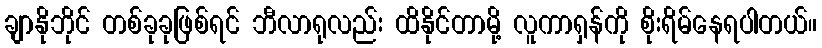
ချာနိုဘိုင် တစ်ခုခုဖြစ်ရင် ဘီလာရုလည်း ထိနိုင်တာမို့ လူကာရှန်ကို စိုးရိမ်နေရပါတယ်။